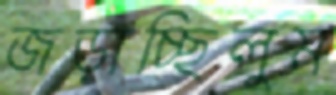
জড়াচ্ছিলুম